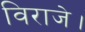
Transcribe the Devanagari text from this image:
विराजे।